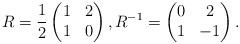
LaTeX: \begin{align*}R=\frac 12\begin{pmatrix}1 & 2\\1& 0\end{pmatrix},R^{-1}=\begin{pmatrix}0& 2\\1& -1\end{pmatrix}.\end{align*}